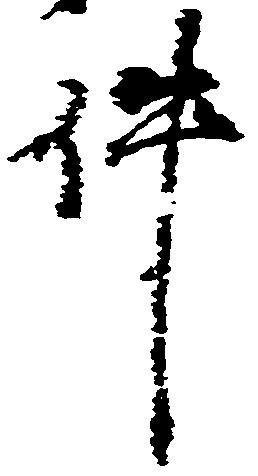
件